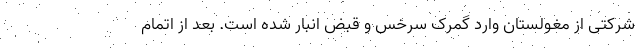
شرکتی از مغولستان وارد گمرک سرخس و قبض انبار شده است. بعد از اتمام